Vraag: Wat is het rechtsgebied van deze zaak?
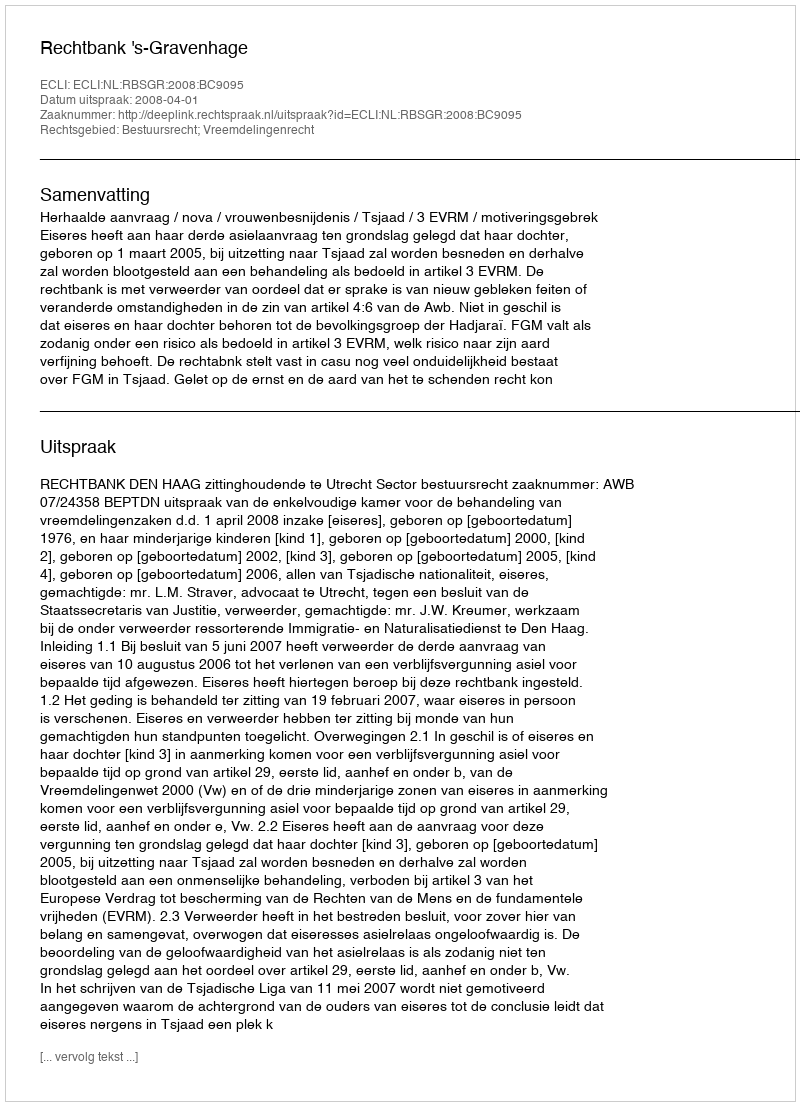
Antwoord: Bestuursrecht; Vreemdelingenrecht